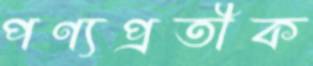
পণ্যপ্রতীক